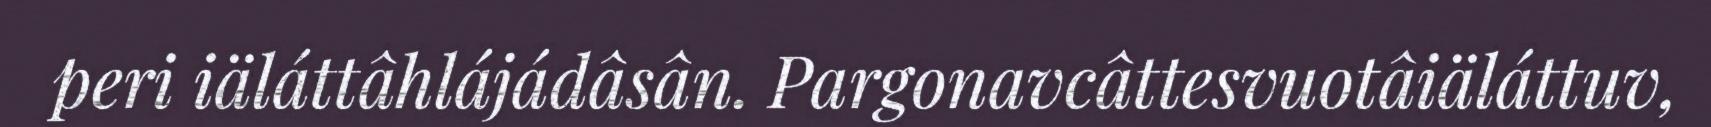
peri iäláttâhlájádâsân. Pargonavcâttesvuotâiäláttuv,